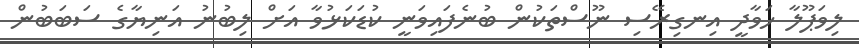
ލިވަޕޫލާ ހަވާދީ އިނގިރޭސި ނޫސްތަކުން ބުނެފައިވަނީ ކުޑަކަޅުވާ އަށް ލިބުނު އަނިޔާގެ ސަބަބުން